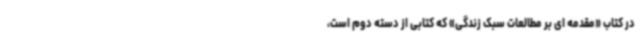
در کتاب «مقدمه ای بر مطالعات سبک زندگی» که کتابی از دسته دوم است،